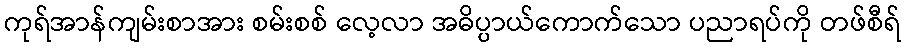
ကုရ်အာန်ကျမ်းစာအား စမ်းစစ် လေ့လာ အဓိပ္ပာယ်ကောက်သော ပညာရပ်ကို တဖ်စီရ်